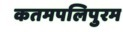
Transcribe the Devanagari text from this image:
कतमपलिपुरम